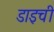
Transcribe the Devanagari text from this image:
डाइची